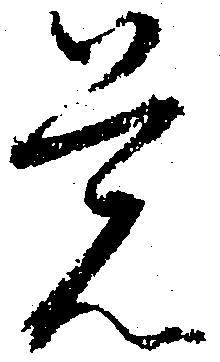
覚